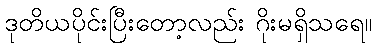
ဒုတိယပိုင်းပြီးတော့လည်း ဂိုးမရှိသရေ။